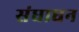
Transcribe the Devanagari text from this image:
संधाधन